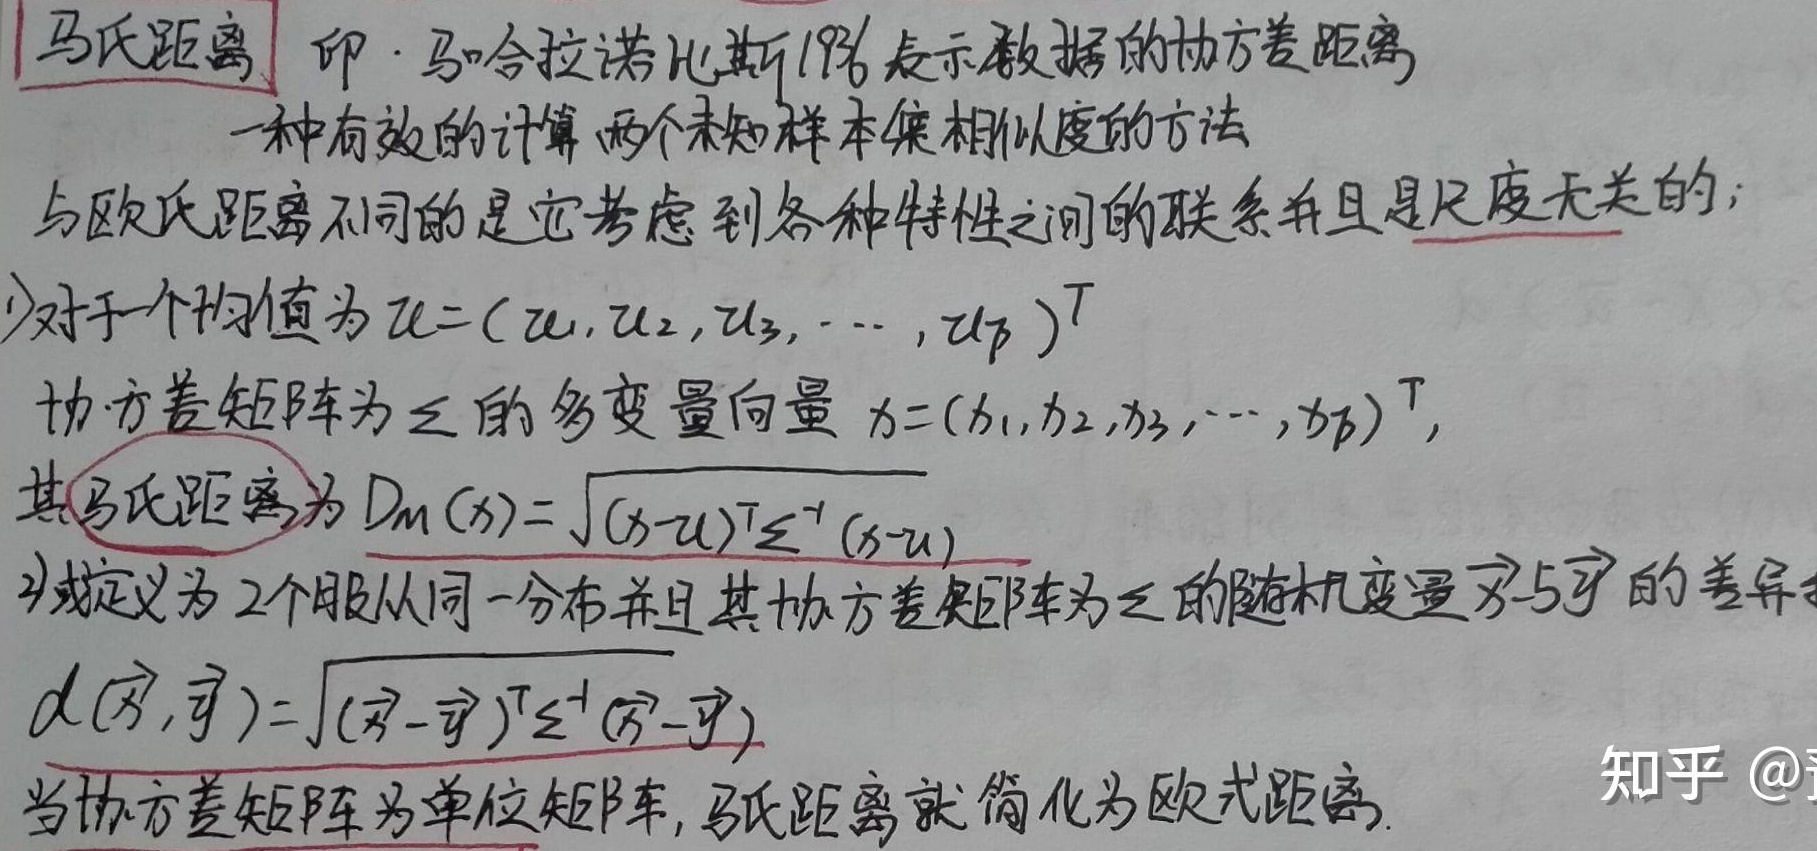
**马氏距离**：即·马哈拉诺比斯距离，表示数据的协方差距离，是一种有效的计算两个未知样本集相似度的方法。与欧氏距离不同的是它考虑到各种特性之间的联系并且是尺度无关的。
1. 对于一个均值为\(\boldsymbol{\mu}=(\mu_1,\mu_2,\mu_3,\cdots,\mu_p)^{T}\)，协方差矩阵为\(\Sigma\)的多变量向量\(\boldsymbol{x}=(x_1,x_2,x_3,\cdots,x_p)^{T}\)，其马氏距离为
\[D_M(\boldsymbol{x}) = \sqrt{(\boldsymbol{x}-\boldsymbol{\mu})^{T}\Sigma^{-1}(\boldsymbol{x}-\boldsymbol{\mu})}\]
2. 或定义为2个服从同一分布并且其协方差矩阵为\(\Sigma\)的随机变量\(\boldsymbol{x}\)与\(\boldsymbol{y}\) 的差异
\[d(\boldsymbol{x},\boldsymbol{y})=\sqrt{(\boldsymbol{x}-\boldsymbol{y})^{T}\Sigma^{-1}(\boldsymbol{x}-\boldsymbol{y})}\]
当协方差矩阵为单位矩阵，马氏距离就简化为欧式距离。知乎 @